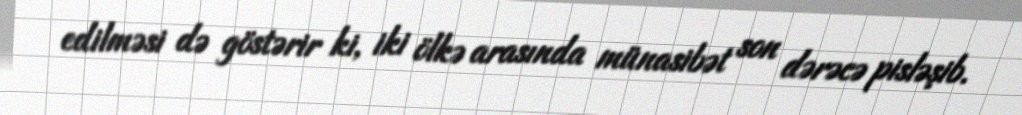
edilməsi də göstərir ki, iki ölkə arasında münasibət son dərəcə pisləşib.